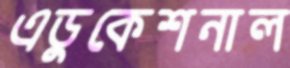
এডুকেশনাল